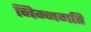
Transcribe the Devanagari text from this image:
निम्नगति